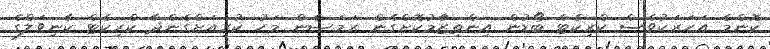
ކޮންމެ އަހަރަކުވެސް ކްރިކެޓް ބޯޑުން އިންތިޒަާމުކޮށްގެން ރަމަޟާން މަހު ކުރިއަށްގެންދާ ކްރިކެޓް ކާނިވަލްގެ